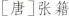
[唐]张籍